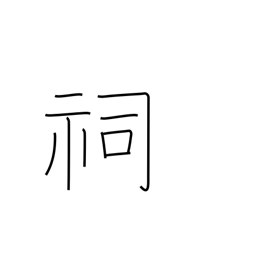
Meaning: small shrine